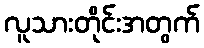
လူသားတိုင်းအတွက်